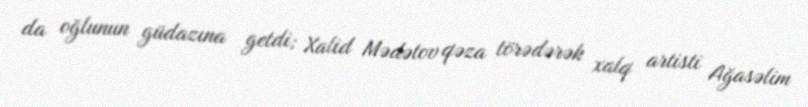
da oğlunun güdazına getdi; Xalid Mədətov qəza törədərək xalq artisti Ağasəlim